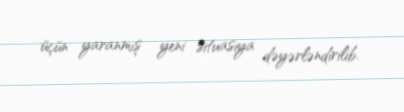
üçün yaranmış yeni situasiya dəyərləndirilib.